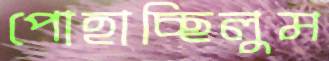
পোহাচ্ছিলুম